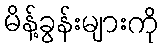
မိန့်ခွန်းများကို